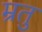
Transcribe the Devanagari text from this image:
म्रतु